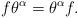
LaTeX: \begin{align*}f\theta^\alpha = \theta^\alpha f. \end{align*}